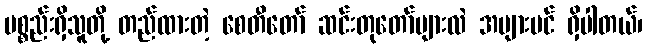
ပစ္စည်းရှိသူတို့ တည်ထားတဲ့ စေတီတော် ဆင်းတုတော်များလဲ အများပင် ရှိပါတယ်၊